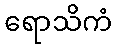
ရောသိကံ